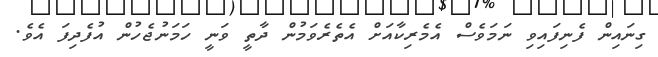
ގިނައިން ފެނިފައިވި ނަމަވެސް އެމެރިކާއަށް އެތެރެވަމުން ދާތީ ވަނީ ހަމަނުޖެހުން އުފެދިފަ އެވެ.